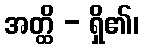
အတ္ထိ - ရှိ၏၊